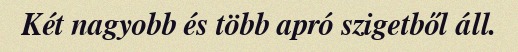
Két nagyobb és több apró szigetből áll.